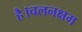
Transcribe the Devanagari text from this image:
है।चलनक्षम